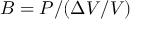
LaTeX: B = P / ( \Delta V / V )